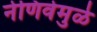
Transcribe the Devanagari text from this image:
नेणिवेमुळे